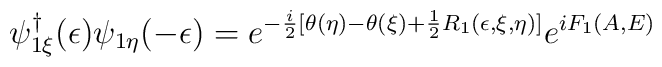
\psi^\dagger_{1\xi}(\epsilon)\psi_{1\eta}(-\epsilon)=e^{-\frac{i}{2}[\theta(\eta)-\theta(\xi)+\frac{1}{2}R_1(\epsilon,\xi,\eta)]}e^{iF_1(A,E)}